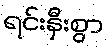
ရင်းနှီးစွာ